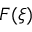
F ( \xi )